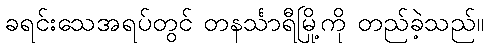
ခရင်းသေအရပ်တွင် တနင်္သာရီမြို့ကို တည်ခဲ့သည်။